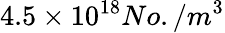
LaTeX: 4.5\times 10^{18}No./m^{3}